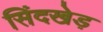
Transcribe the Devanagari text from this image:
सिंदखेड़